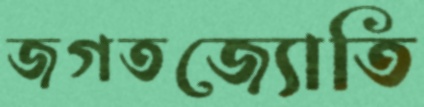
জগতজ্যোতি